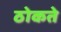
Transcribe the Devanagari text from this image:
ठोकते